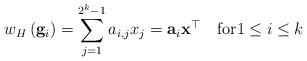
\begin{align*}w_H \left( \mathbf{g}_i \right) = \sum_{j=1}^{2^k-1} a_{i,j} x_j = \mathbf{a}_i \mathbf{x}^\top \quad\mbox{for}1\leq i\leq k\end{align*}